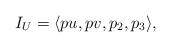
LaTeX: \begin{align*}I_U = \langle pu, pv, p_2,p_3 \rangle,\end{align*}